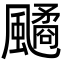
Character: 𩘻